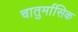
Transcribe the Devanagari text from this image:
चातुर्मासिक